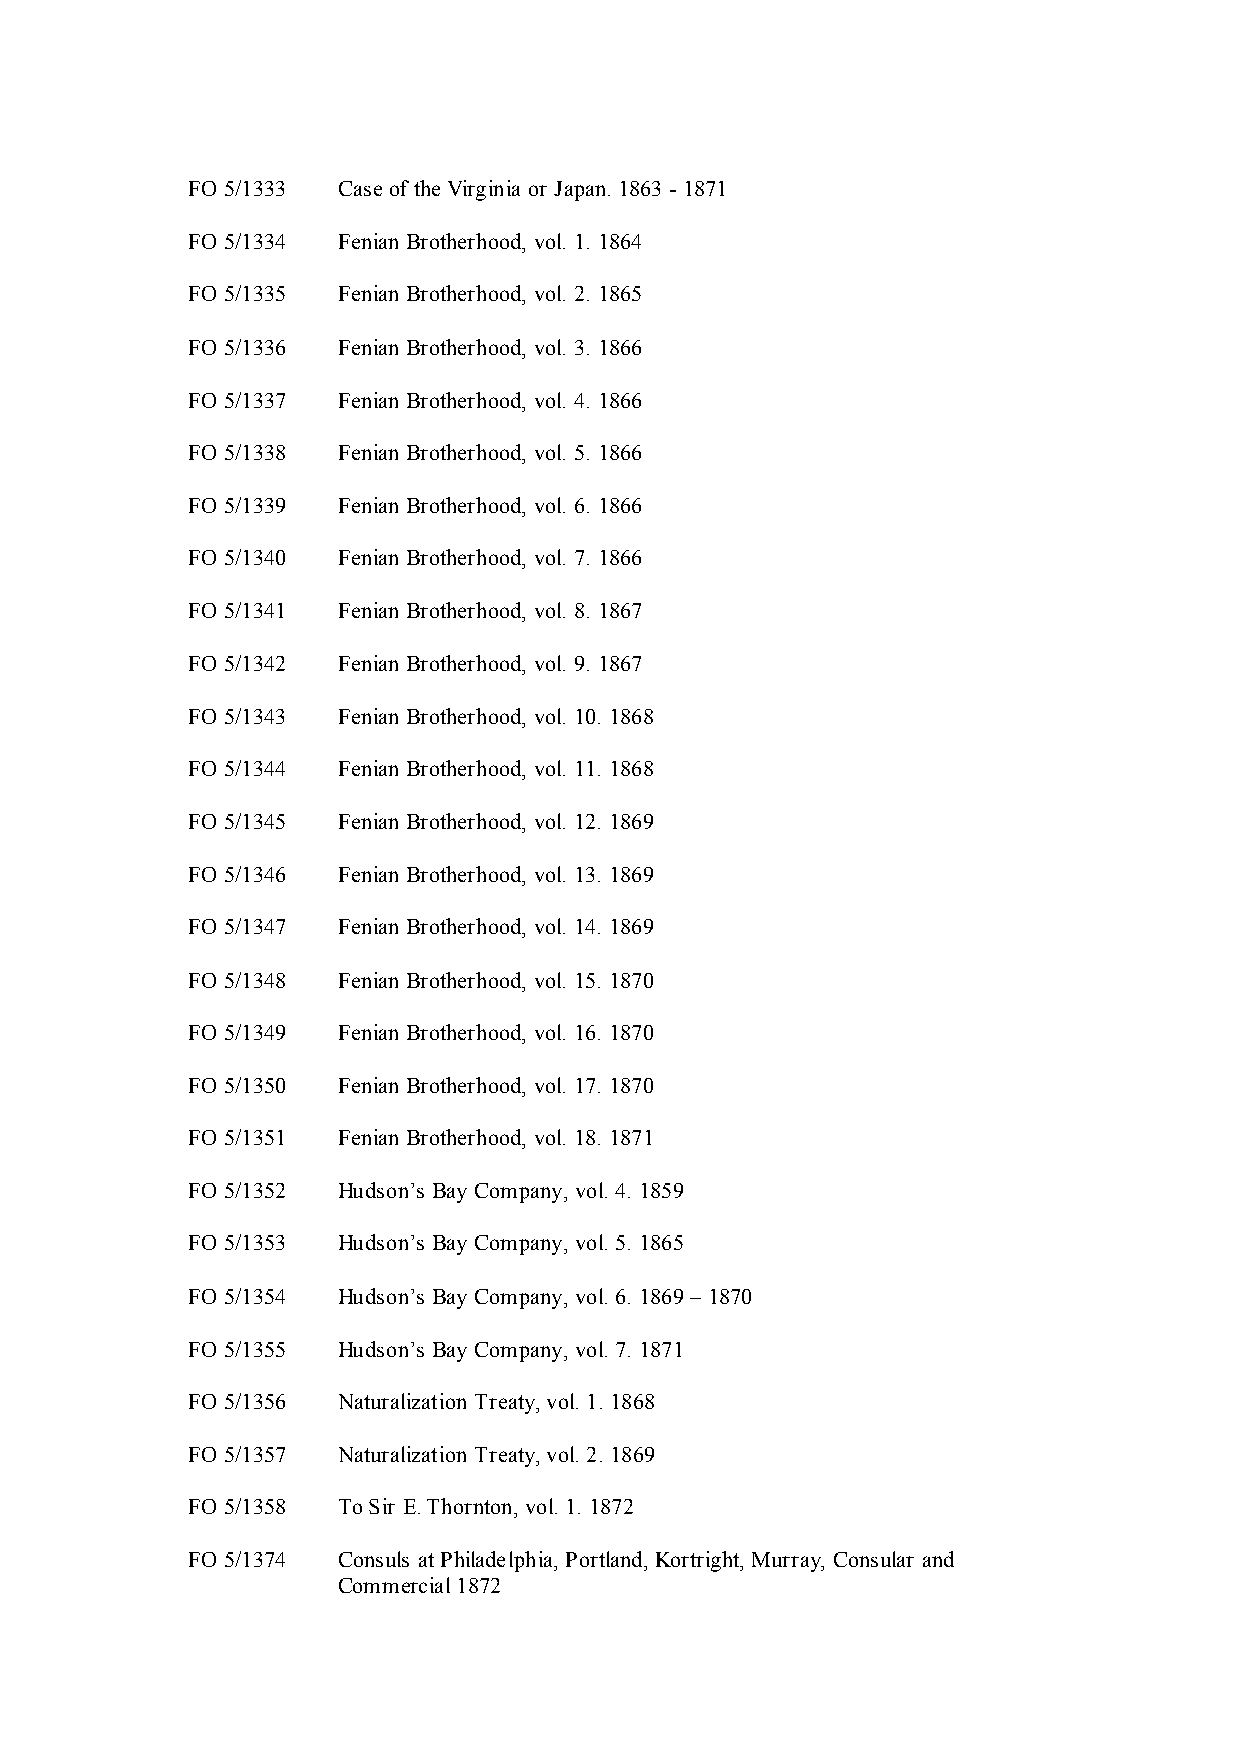
FO 5/1333 Case of the Virginia or Japan. 1863 - 1871
 FO 5/1334 Fenian Brotherhood, vol. 1. 1864
 FO 5/1335 Fenian Brotherhood, vol. 2. 1865
 FO 5/1336 Fenian Brotherhood, vol. 3. 1866
 FO 5/1337 Fenian Brotherhood, vol. 4. 1866
 FO 5/1338 Fenian Brotherhood, vol. 5. 1866
 FO 5/1339 Fenian Brotherhood, vol. 6. 1866
 FO 5/1340 Fenian Brotherhood, vol. 7. 1866
 FO 5/1341 Fenian Brotherhood, vol. 8. 1867
 FO 5/1342 Fenian Brotherhood, vol. 9. 1867
 FO 5/1343 Fenian Brotherhood, vol. 10. 1868
 FO 5/1344 Fenian Brotherhood, vol. 11. 1868
 FO 5/1345 Fenian Brotherhood, vol. 12. 1869
 FO 5/1346 Fenian Brotherhood, vol. 13. 1869
 FO 5/1347 Fenian Brotherhood, vol. 14. 1869
 FO 5/1348 Fenian Brotherhood, vol. 15. 1870
 FO 5/1349 Fenian Brotherhood, vol. 16. 1870
 FO 5/1350 Fenian Brotherhood, vol. 17. 1870
 FO 5/1351 Fenian Brotherhood, vol. 18. 1871
 FO 5/1352 Hudson’s Bay Company, vol. 4. 1859
 FO 5/1353 Hudson’s Bay Company, vol. 5. 1865
 FO 5/1354 Hudson’s Bay Company, vol. 6. 1869 – 1870
 FO 5/1355 Hudson’s Bay Company, vol. 7. 1871
 FO 5/1356 Naturalization Treaty, vol. 1. 1868
 FO 5/1357 Naturalization Treaty, vol. 2. 1869
 FO 5/1358 To Sir E. Thornton, vol. 1. 1872
 FO 5/1374 Consuls at Philadelphia, Portland, Kortright, Murray, Consular and
 Commercial 1872